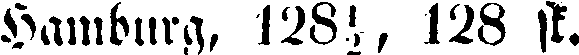
Hamburg, 128½, 128 sk.